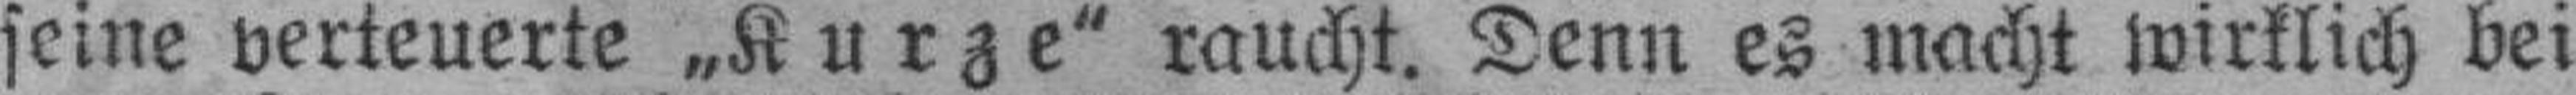
seine verteuerte „Kurze" raucht. Denn es macht wirklich bei